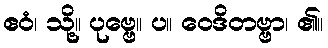
ဧဝံ၊ သို့။ ပုဗ္ဗေ။ ပ။ ဝေဒိတဗ္ဗာ၊ ၏။